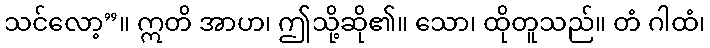
သင်လော့”။ ဣတိ အာဟ၊ ဤသို့ဆို၏။ သော၊ ထိုတူသည်။ တံ ဂါထံ၊